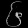
Digit: ၆